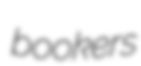
bookers